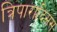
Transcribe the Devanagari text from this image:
त्रिपारादिसस